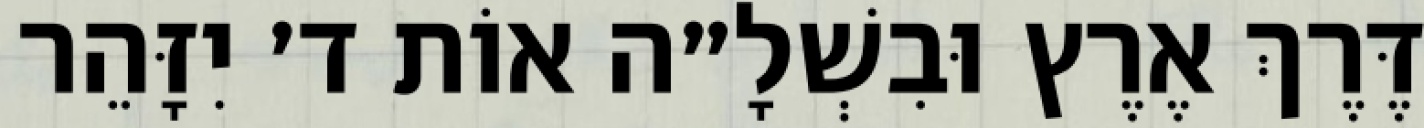
דֶּרֶךְ אֶרֶץ וּבִשְׁלָ״ה אוֹת ד׳ יִזָּהֵר